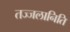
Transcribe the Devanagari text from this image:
तज्जलानिति